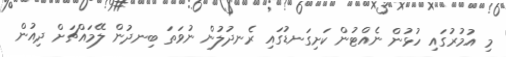
މި އުމުރުގައި ހުޅުން ނެއްޓުން ކަށިގަނޑުގައި ރެނދުލުން ނުވަތަ ބިނދުން ލޭމައްޗަށް ދިއުން